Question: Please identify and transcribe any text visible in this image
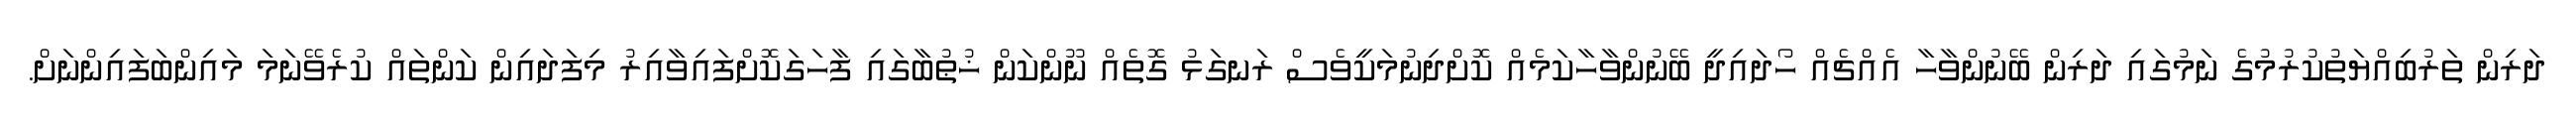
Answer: ދަރިން ތަރުބިއްޔަތުކުރުމުގެ ނަމުގައި ދަރިން ބޭނުންވާހާ އެއްޗެއް ހޯދައިދީ ބޭނުންވާހާކަމެއް ކޮށްދިނުމަކީވެސް ރަނގަޅު ގޮތެއް ނޫންކަން ޚުޠުބާގައި ފާހަގަކޮށްފައިވާއިރު މިފަދައިން ކަންތައް ކުރެވޭނަމަ މައިންބަފައިންނަށް.